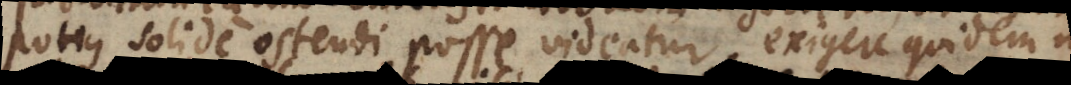
potius solide ostendi posse videatur exigere quidem n